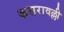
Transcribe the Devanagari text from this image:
कसरावल्ली